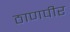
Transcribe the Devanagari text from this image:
ठाणपीर